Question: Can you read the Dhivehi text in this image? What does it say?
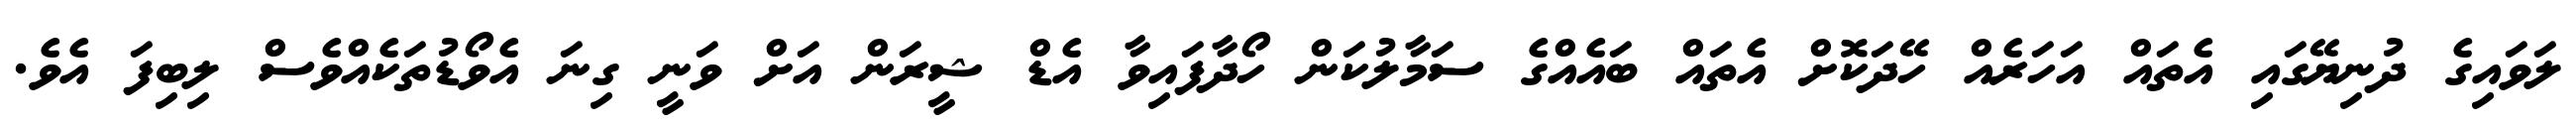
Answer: ލަވައިގެ ދުނިޔޭގައި އެތައް އަހަރެއް ހޭދަކޮށް އެތައް ބައެއްގެ ސަމާލުކަން ހޯދާފައިވާ އެޑް ޝީރަން އަށް ވަނީ ގިނަ އެވޯޑުތަކެއްވެސް ލިބިފަ އެވެ.